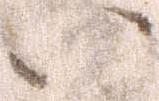
い